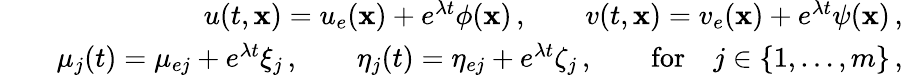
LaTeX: \begin{array}{rlr}&{}&{u(t,{\mathbf x})=u_{e}({\mathbf x})+e^{\lambda t}\phi({\mathbf x})\, ,\qquad v(t,{\mathbf x})=v_{e}({\mathbf x})+e^{\lambda t}\psi({\mathbf x})\, ,}\\ &{}&{\mu_{j}(t)=\mu_{ej}+e^{\lambda t}\xi_{j}\, ,\qquad\eta_{j}(t)=\eta_{ej}+e^{\lambda t}\zeta_{j}\, ,\qquad\mathrm{for}\quad j\in\lbrace{1,\ldots,m\rbrace}\, ,}\end{array}